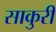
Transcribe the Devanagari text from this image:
साकुरी